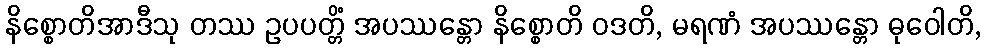
နိစ္စောတိအာဒီသု တဿ ဥပပတ္တိံ အပဿန္တော နိစ္စောတိ ဝဒတိ, မရဏံ အပဿန္တော ဓုဝေါတိ,